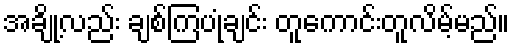
အချို့လည်း ချစ်ကြပုံချင်း တူကောင်းတူလိမ့်မည်။